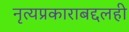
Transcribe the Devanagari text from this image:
नृत्यप्रकाराबद्दलही